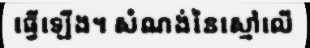
ធ្វើឡើង។ សំណង់នៃស្មៅលើ